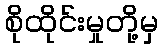
စိုထိုင်းမှုတို့မှ